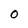
Character: 0